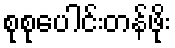
စုစုပေါင်းတန်ဖိုး